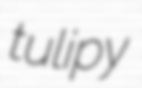
tulipy